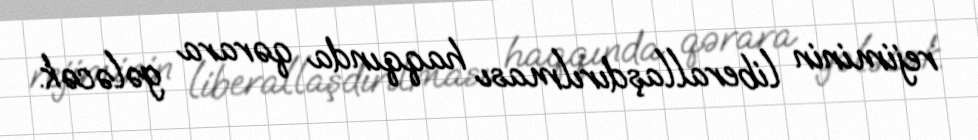
rejiminin liberallaşdırılması haqqında qərara gələcək.